Vaccination in Bombay 1924-1928 - 1924-1928
Year: 1924
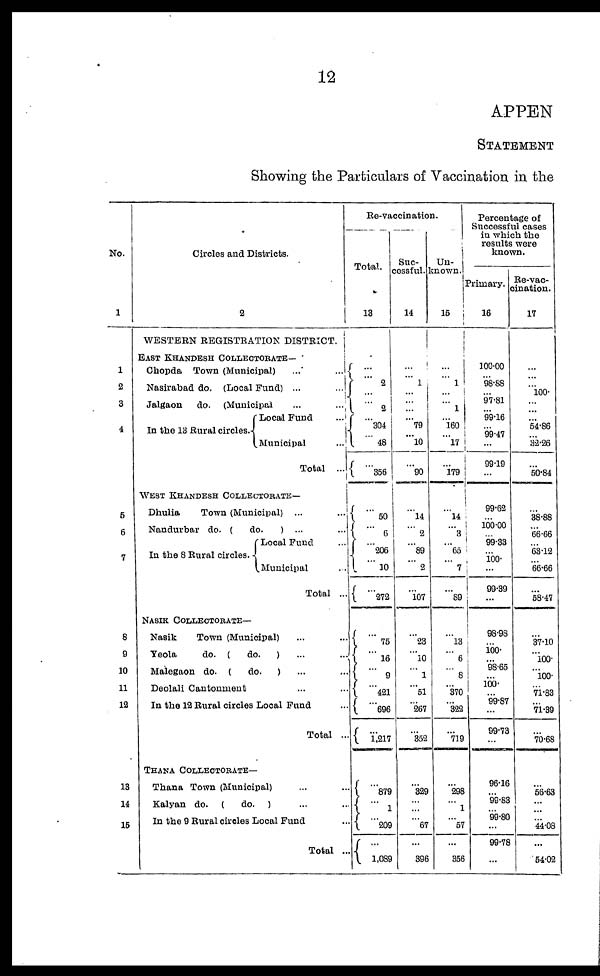
12
APPEN
STATEMENT
Showing the Particulars of Vaccination in the
No.
1
1
2
3
4
5
6
7
8
9
10
11
12
13
14
15
Circles and Districts.
2
WESTERN REGISTRATION DISTRICT.
EAST KHANDESH COLLECTORATE—
Chopda Town (Municipal)
...
...
Nasirabad do. (Local Fund) ...
...
Jalgaon
do. (Municipal
...
...
In the 13 Rural circles.
Local Fund
...
Municipal
...
Total ...
WEST KHANDESH COLLECTORATE—
Dhulia
Town (Municipal) ... ...
Nandurbar do. (
do.
) ... ...
In the 8 Rural circles.
Local Fund ...
Municipal ...
Total ...
NASIK COLLECTORATE—
Nasik
Town (Municipal) ... ...
Yeola
do. (
do.
) ... ...
Malegaon do. (
do.
) ... ...
Deolali Cantonment ... ...
In the 12 Rural circles Local Fund ... ...
Total ...
THANA COLLECTORATE—
Thana Town (Municipal) ... ...
Kalyan do. (
do. ) ... ...
In the 9 Rural circles Local Fund ...
Total ...
Re-vaccination.
Total.
13
...
...
2
...
...
2
...
304
...
48
...
356
...
50
...
6
...
206
...
10
...
272
...
75
...
16
...
9
...
421
...
696
...
1,217
...
879
...
1
...
209
...
1,089
Suc-
cessful.
14
...
...
1
... ...
...
...
79
...
10
...
90
...
14
...
2
...
89
...
2
...
107
...
23
... 10
...
1
...
51
...
267
...
352
...
329
...
...
...
67
...
396
Un-
known.
15
...
...
1
...
...
1
...
160
...
l7
...
179
...
14
... 3
...
65
...
7
...
89
...
l3
...
6
...
8
...
370
...
322
...
719
...
298
...
1
...
57
...
356
Percentage of
Successful cases
in which the
results were
known.
Primary.
16
100.00
...
98.88
...
97.81
...
99.16
...
99.47
...
99.19
...
99.62
...
100.00
...
99.33
...
100.
...
99.39
...
98.98
...
100.
...
98.65
...
100.
...
99.87
...
99.73
...
96.16
...
99.83
...
99.80
...
99.78
...
Re-vac-
cination.
17
...
...
...
100.
...
...
...
54.86
...
32.26
...
50.84
...
38.88
...
66.66
...
63.12
...
66.66
...
58.47
...
37.10
...
100.
...
100.
...
71.83
...
71.39
...
70.68
...
56.63
...
...
...
44.08
...
54.02